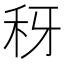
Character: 䄰